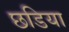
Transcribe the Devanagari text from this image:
छडिया